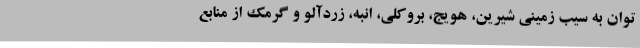
توان به سیب زمینی شیرین، هویج، بروکلی، انبه، زردآلو و گرمک از منابع